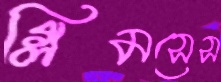
গ্লিমসেস